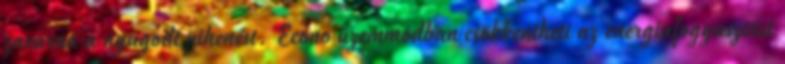
zavarná a nyugodt pihenést. Econo üzemmódban csökkentheti az energiafogyasztást